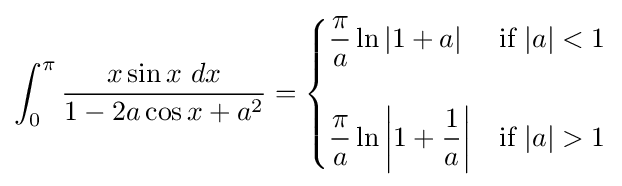
\int _{0}^{\pi }{\frac {x\sin x\ dx}{1-2a\cos x+a^{2}}}={\begin{cases}{\dfrac {\pi }{a}}\ln \left|1+a\right|&{\text{if }}|a|<1\\\\{\dfrac {\pi }{a}}\ln \left|1+{\dfrac {1}{a}}\right|&{\text{if }}|a|>1\end{cases}}